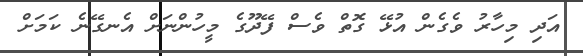
އަދި މިހާރު ވެގެން އުޅޭ ގޮތް ވެސް ފޭދޫގެ މީހުންނަށް އެނގޭނެ ކަމަށް